DOW-UAP-D48, Department of the Air Force Report, 1996
Agency: Department of War
Incident date: 9/10/96
Page 103
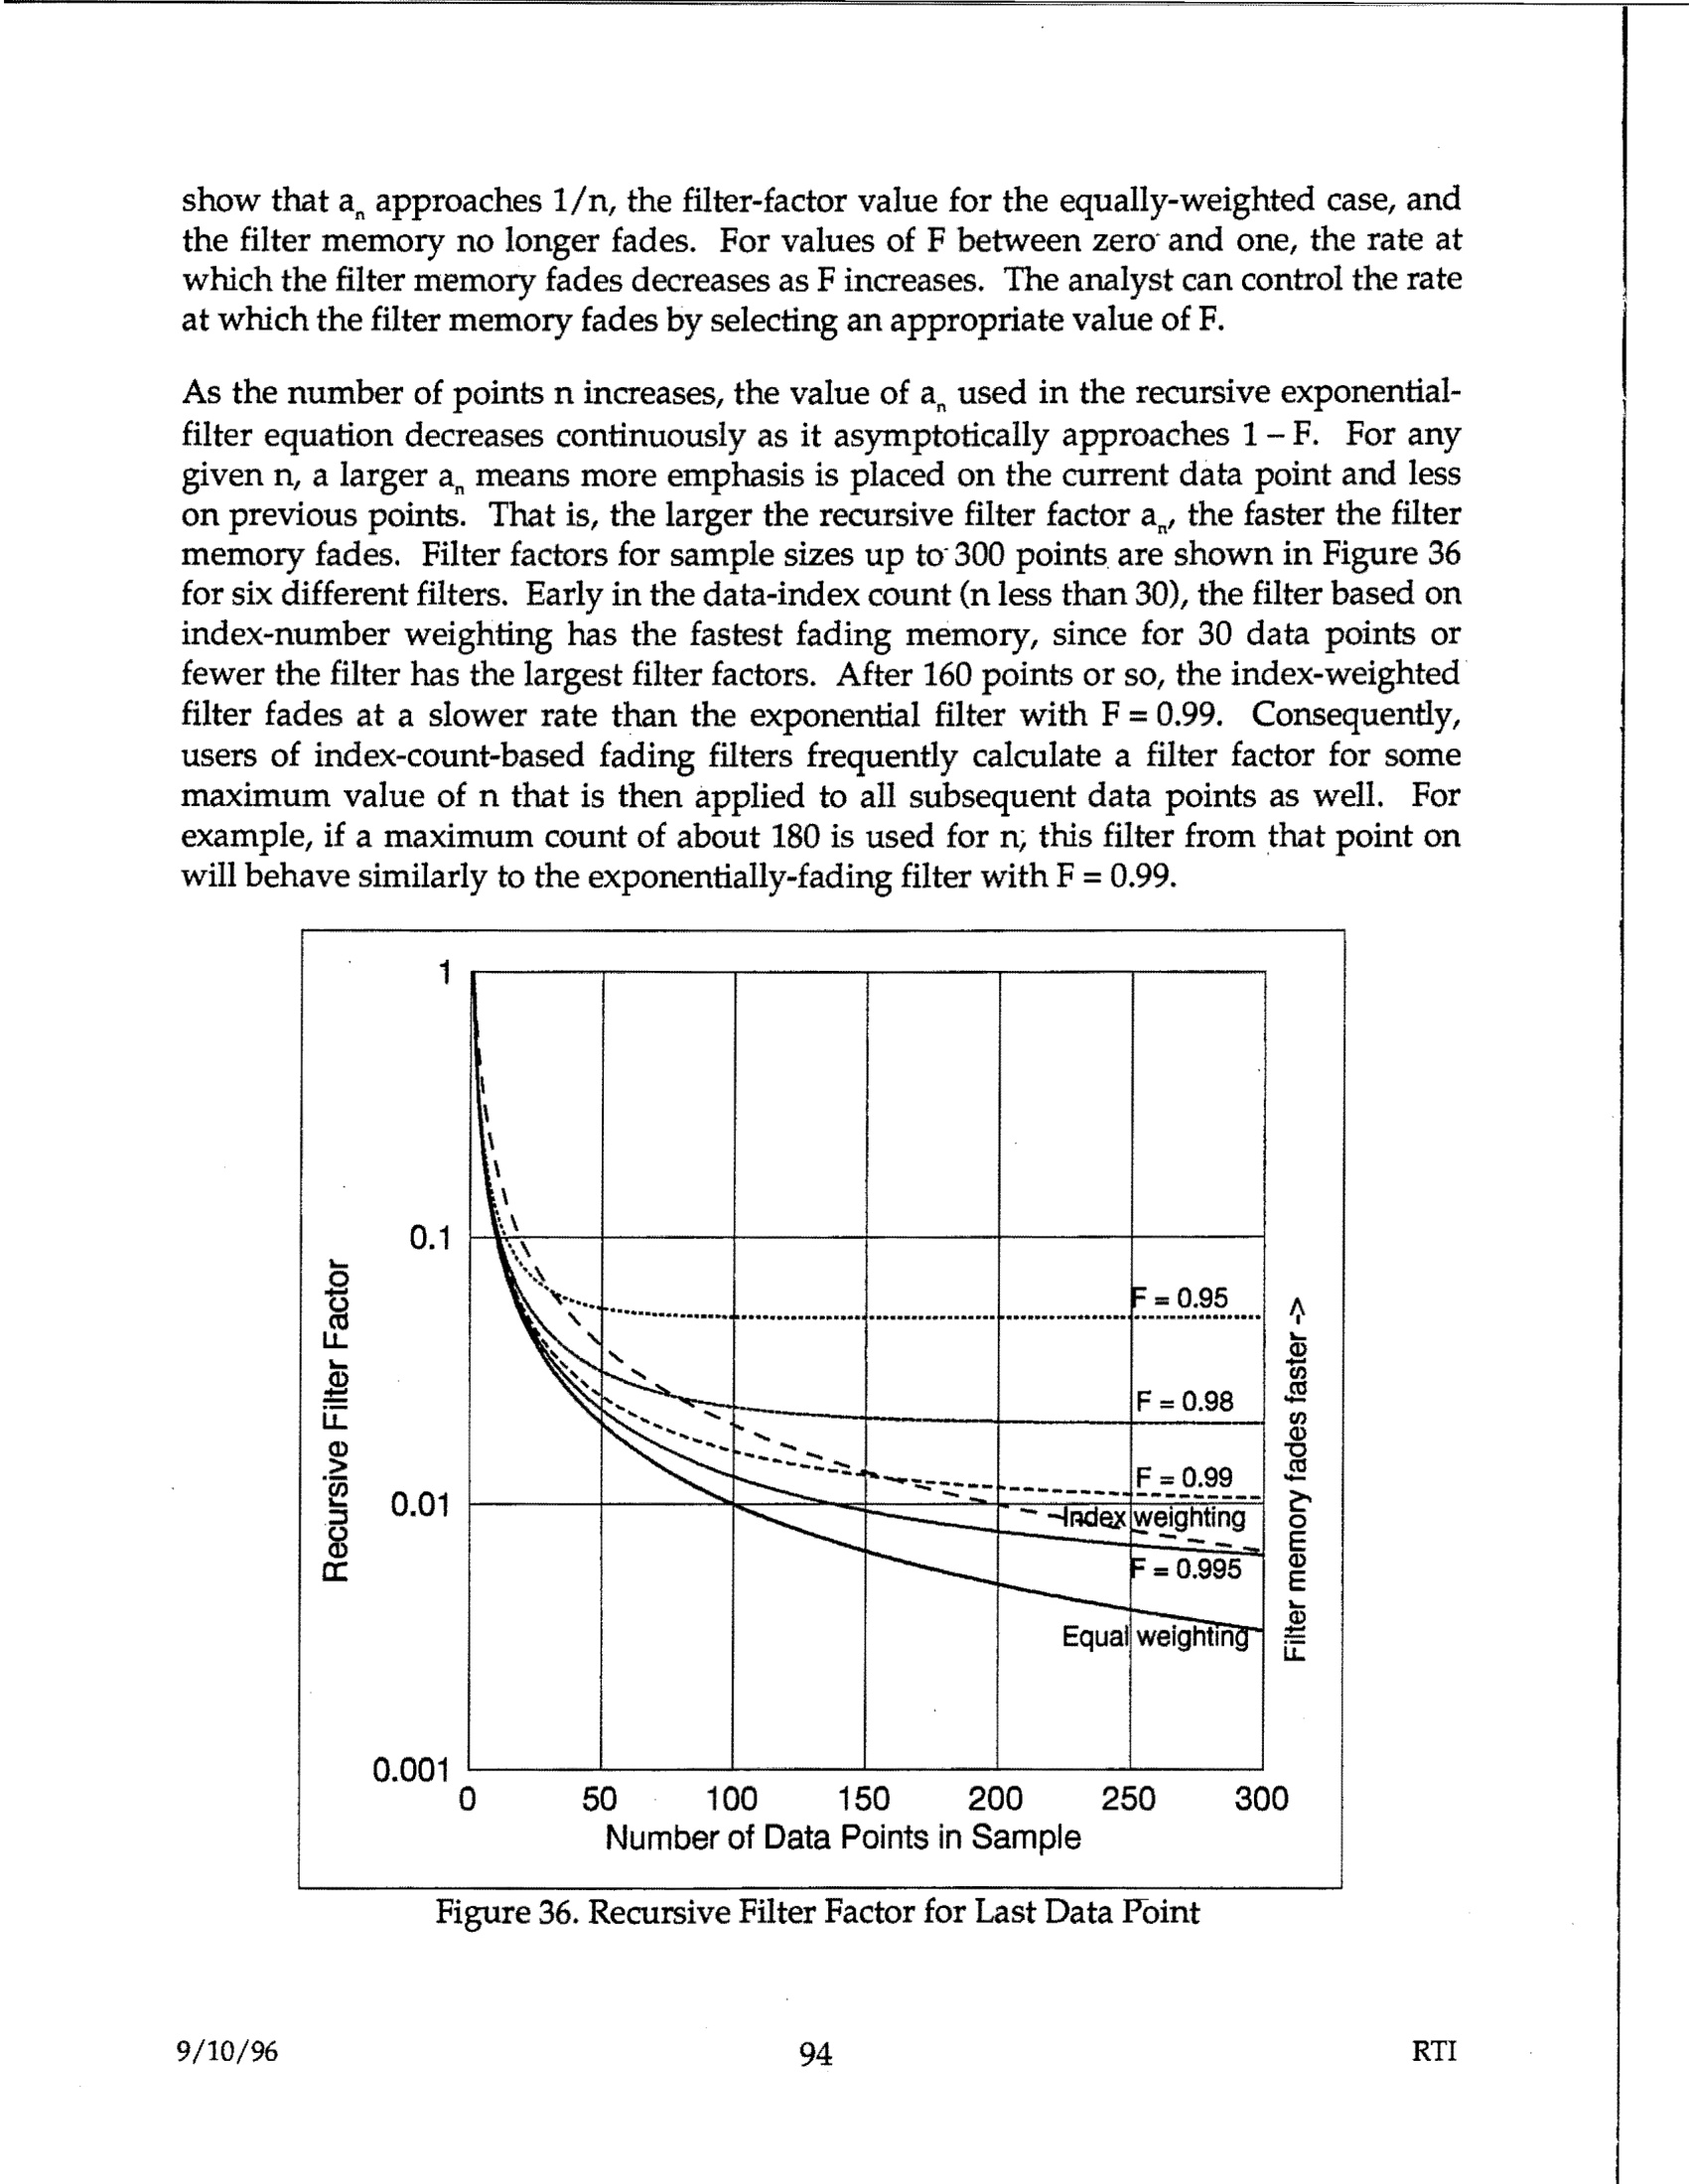